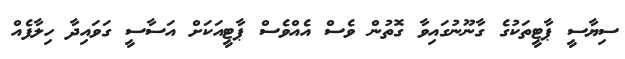
ސިޔާސީ ޕާޓީތަކުގެ ގާނޫނުގައިވާ ގޮތުން ވެސް އެއްވެސް ޕާޓީއަކަށް އަސާސީ ގަވައިދާ ހިލާފެއް